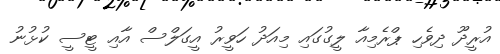
އުރީދޫ ދިވެހި ޕްރެމިއާ ލީގުގައި މިއަދު ހަވީރު އީގަލްސް އާއި ޓީސީ ކުޅުނު